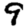
Digit: 9